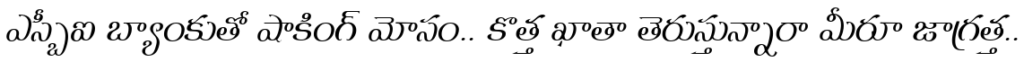
ఎస్బీఐ బ్యాంకుతో షాకింగ్ మోసం.. కొత్త ఖాతా తెరుస్తున్నారా మీరూ జాగ్రత్త..